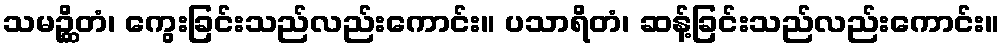
သမဉ္ဆိတံ၊ ကွေးခြင်းသည်လည်းကောင်း။ ပသာရိတံ၊ ဆန့်ခြင်းသည်လည်းကောင်း။